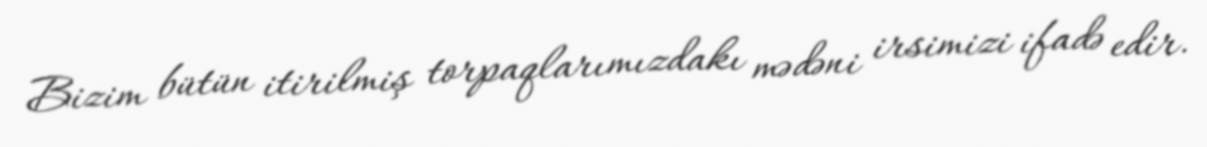
Bizim bütün itirilmiş torpaqlarımızdakı mədəni irsimizi ifadə edir.